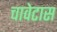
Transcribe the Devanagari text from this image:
चावेटास